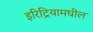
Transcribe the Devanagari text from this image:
इरिट्रियामधील